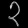
Digit: ၃